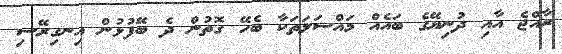
ރާއްޖެ އާއި ދުނިޔޭގެ ބައެއް މައްސަލަތަކާ ބެހޭ ގޮތުން ދެ ބޭފުޅުން އިނގިރޭސި